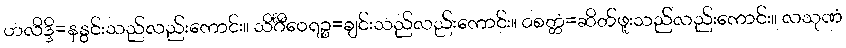
ဟလိဒ္ဒိ=နနွင်းသည်လည်းကောင်း။ သိင်္ဂီဝေရဉ္စ=ချင်းသည်လည်းကောင်း။ ဝစတ္တံ=ဆိတ်ဖူးသည်လည်းကောင်း။ လသုဏံ